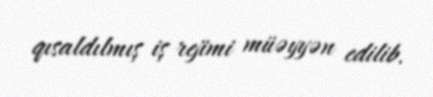
qısaldılmış iş rejimi müəyyən edilib.